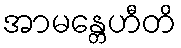
အာမန္တေဟီတိ